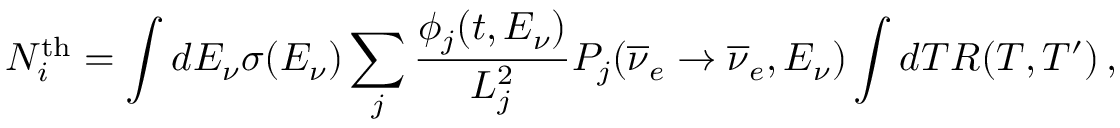
N _ { i } ^ { \mathrm { t h } } = \int d E _ { \nu } \sigma ( E _ { \nu } ) \sum _ { j } \frac { \phi _ { j } ( t , E _ { \nu } ) } { L _ { j } ^ { 2 } } P _ { j } ( { \overline { { \nu } } } _ { e } \rightarrow { \overline { { \nu } } } _ { e } , E _ { \nu } ) \int d T R ( T , T ^ { \prime } ) \, ,